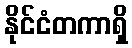
နိုင်ငံတကာရှိ